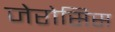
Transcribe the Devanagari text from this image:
जेरोसिस